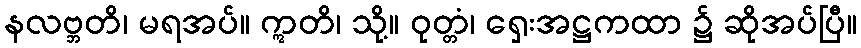
နလဗ္ဘတိ၊ မရအပ်။ ဣတိ၊ သို့။ ဝုတ္တံ၊ ရှေးအဋ္ဌကထာ ၌ ဆိုအပ်ပြီ။